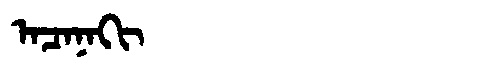
Manchu: ᠠᠴᠠᠨᠠᡴᡳ
Romanization: ACANAKI